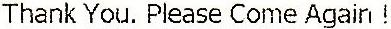
THANK YOU. PLEASE COME AGAIN !